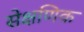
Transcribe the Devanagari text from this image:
सेक्षणिक